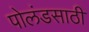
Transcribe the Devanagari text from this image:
पोलंडसाठी